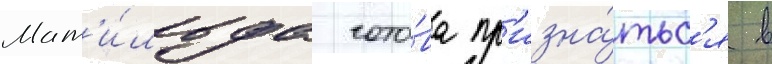
Мат'и́льда гото́ва пр'изна́тьс'я в